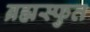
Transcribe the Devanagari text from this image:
ब्रह्मस्फुत